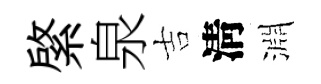
綮泉吉淸淵